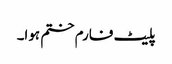
پلیٹ فارم ختم ہوا۔